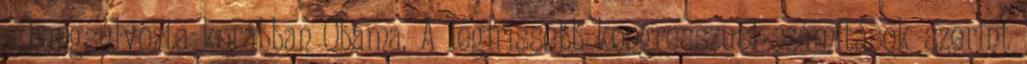
- hangsúlyozta korábban Obama. A legfrissebb kongresszusi számítások szerint